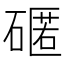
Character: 𮀻